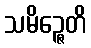
သမိဉ္ဇေတိ